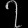
Digit: ၇